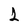
Character: 1